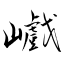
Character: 巇